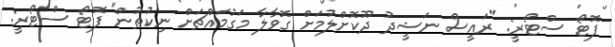
ފޮޓޯ ސްޓޯރީ: "ރައީސް ނަޝީދު ދޫކޮށްލުމަށް ގޮވާލާ މަގުމައްޗަށް ނިކުތުން" ފޮޓޯ ސްޓޯރީ: